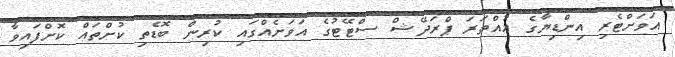
އަވަށްޓެރި އިންޑިޔާގެ އުއްތަރަ ޕްރަދޭޝް ސްޓޭޓުގެ އަވަށެއްގައި ކުރިން ބޮޑެތި ކުށްތައް ކޮށްފައިވާ